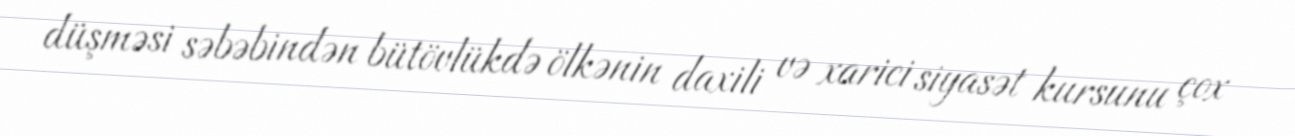
düşməsi səbəbindən bütövlükdə ölkənin daxili və xarici siyasət kursunu çox